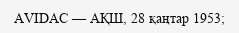
AVIDAC — АҚШ, 28 қаңтар 1953;